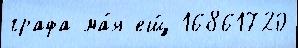
графа ма́я ещ́ 16861720